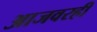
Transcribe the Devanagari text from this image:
आजवरही